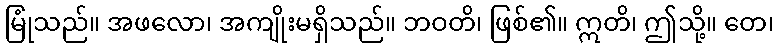
မြုံသည်။ အဖလော၊ အကျိုးမရှိသည်။ ဘဝတိ၊ ဖြစ်၏။ ဣတိ၊ ဤသို့။ တေ၊